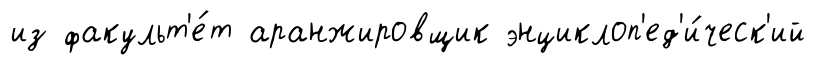
из факульт'е́т аранжировщик энциклоп'ед'и́ческ'ий